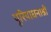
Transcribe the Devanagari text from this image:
पूरियाधनाश्री